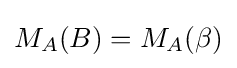
M_{A}(B)=M_{A}(\beta )